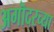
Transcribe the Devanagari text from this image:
अगॊदरच्या